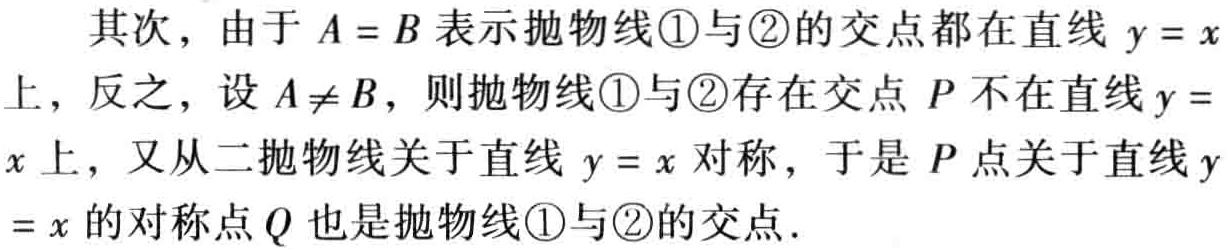
其次，由于 \(A = B\) 表示抛物线\textcircled{1}与\textcircled{2}的交点都在直线 \(y = x\) 上，反之，设 \(A\neq B\)，则抛物线\textcircled{1}与\textcircled{2}存在交点 \(P\) 不在直线 \(y = x\) 上，又从二抛物线关于直线 \(y = x\) 对称，于是 \(P\) 点关于直线 \(y = x\) 的对称点 \(Q\) 也是抛物线\textcircled{1}与\textcircled{2}的交点.